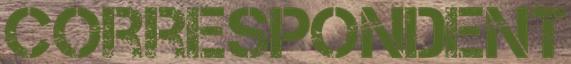
CORRESPONDENT